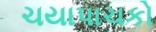
ચયાપાચકો